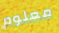
معلوم